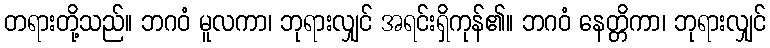
တရားတို့သည်။ ဘဂဝံ မူလကာ၊ ဘုရားလျှင် အရင်းရှိကုန်၏။ ဘဂဝံ နေတ္တိကာ၊ ဘုရားလျှင်